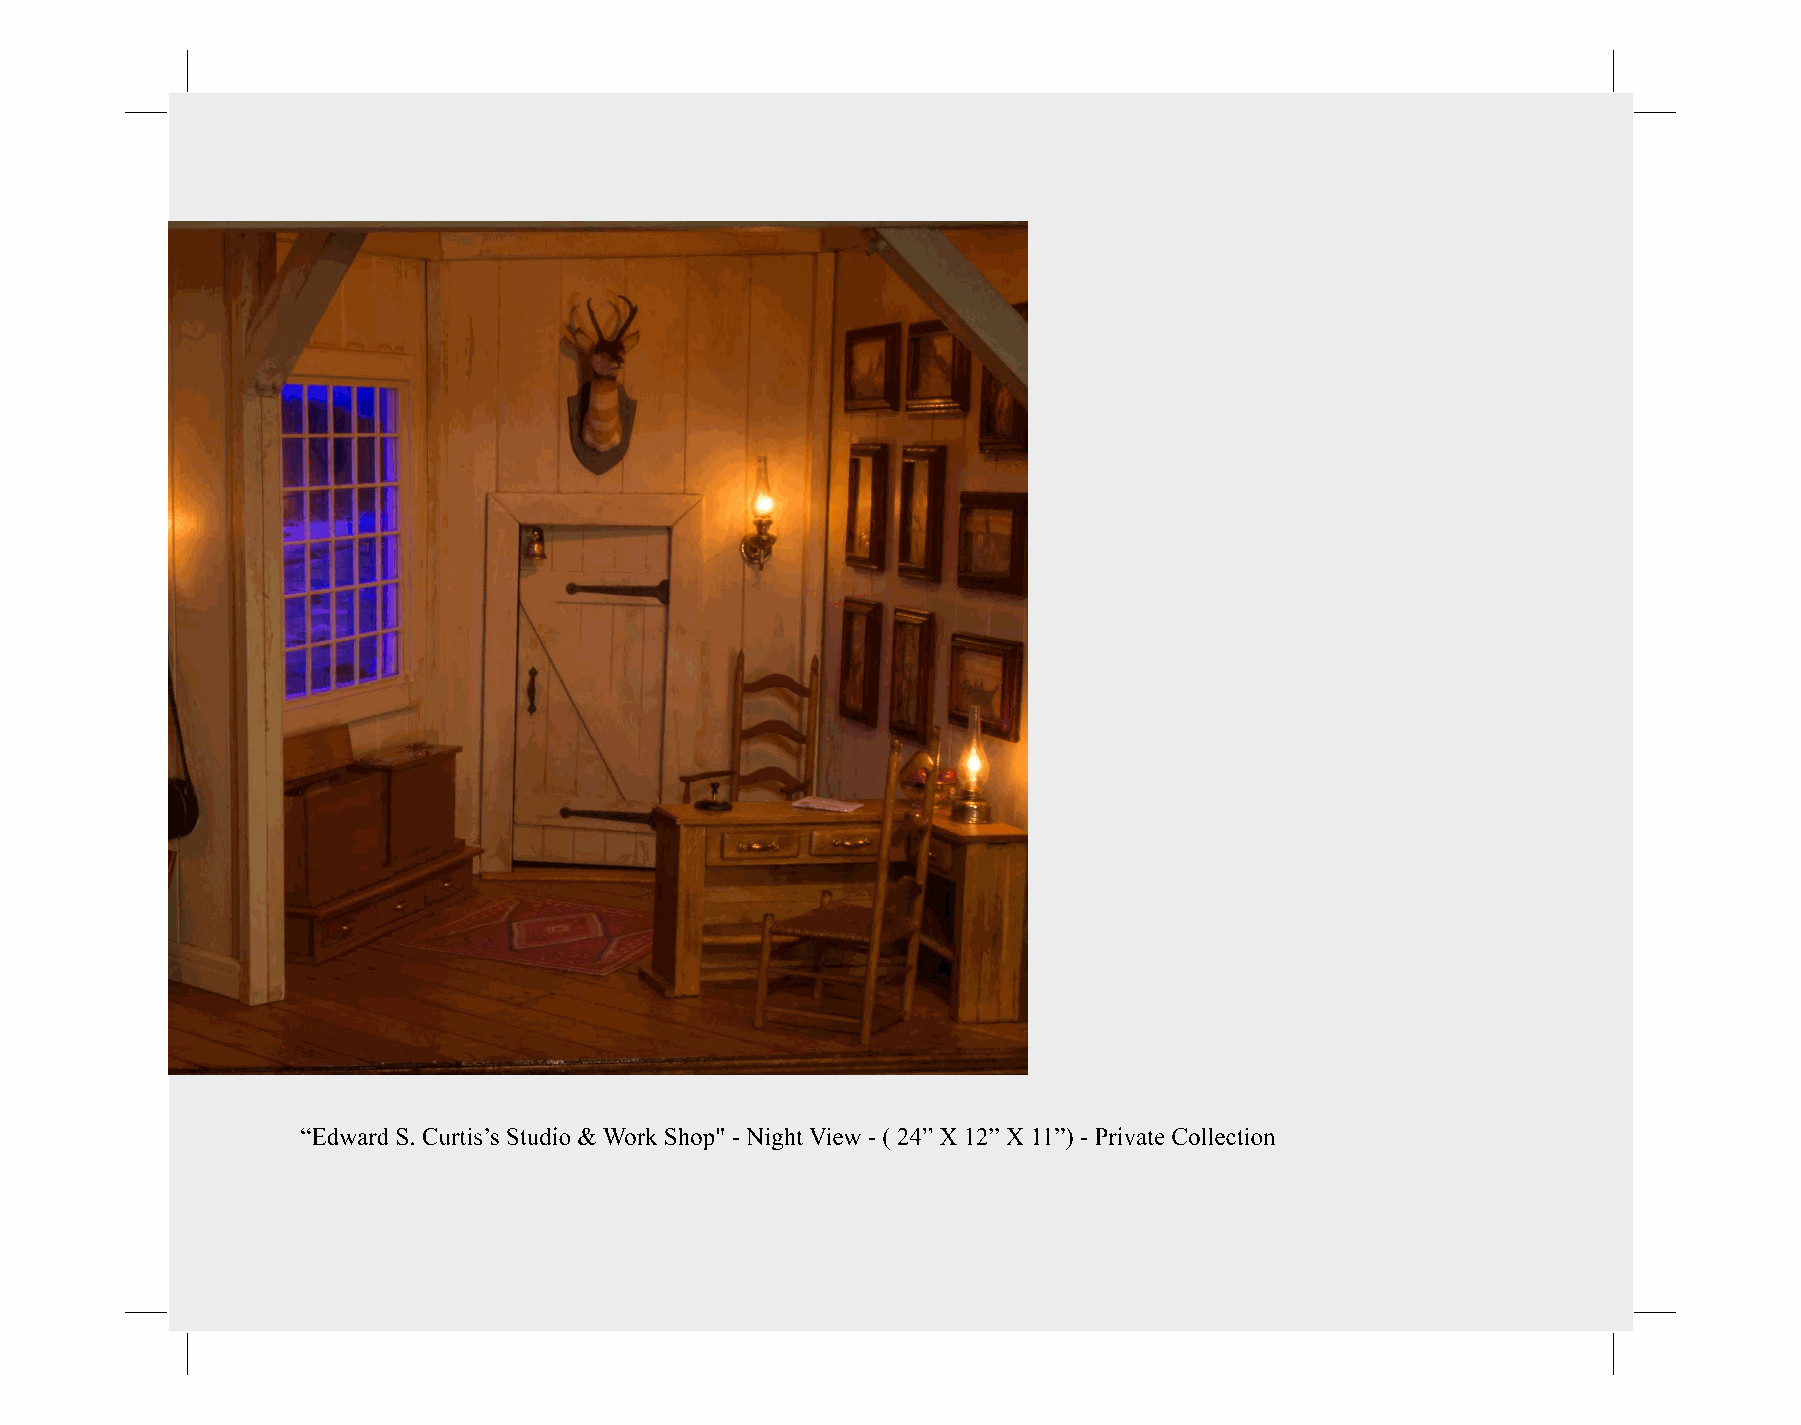
“Edward S. Curtis’s Studio & Work Shop" - Night View - ( 24” X 12” X 11”) - Private Collection